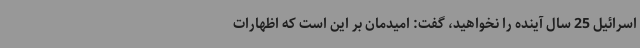
اسرائیل 25 سال آینده را نخواهید، گفت: امیدمان بر این است که اظهارات